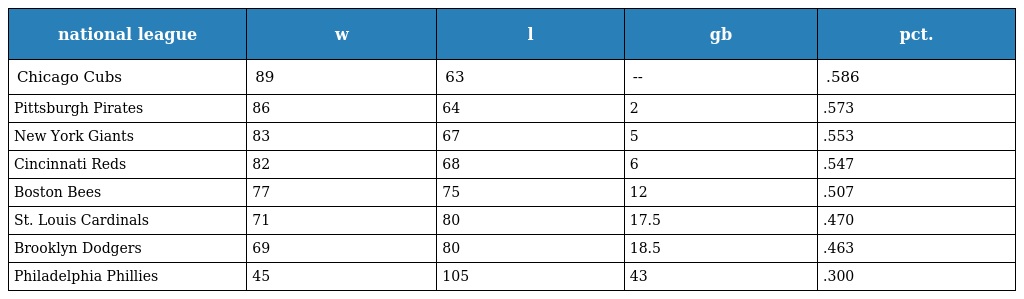
| national league | w | l | gb | pct. |
 | --- | --- | --- | --- | --- |
 | Chicago Cubs | 89 | 63 | -- | .586 |
 | Pittsburgh Pirates | 86 | 64 | 2 | .573 |
 | New York Giants | 83 | 67 | 5 | .553 |
 | Cincinnati Reds | 82 | 68 | 6 | .547 |
 | Boston Bees | 77 | 75 | 12 | .507 |
 | St. Louis Cardinals | 71 | 80 | 17.5 | .470 |
 | Brooklyn Dodgers | 69 | 80 | 18.5 | .463 |
 | Philadelphia Phillies | 45 | 105 | 43 | .300 |